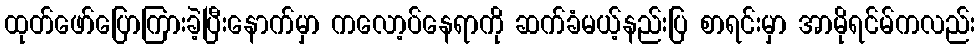
ထုတ်ဖော်ပြောကြားခဲ့ပြီးနောက်မှာ ကလော့ပ်နေရာကို ဆက်ခံမယ့်နည်းပြ စာရင်းမှာ အာမိုရင်မ်ကလည်း